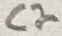
Text: C2